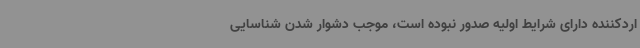
اردکننده دارای شرایط اولیه صدور نبوده است، موجب دشوار شدن شناسایی